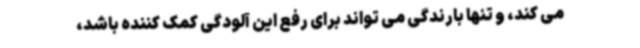
می کند، و تنها بارندگی می تواند برای رفع این آلودگی کمک کننده باشد،